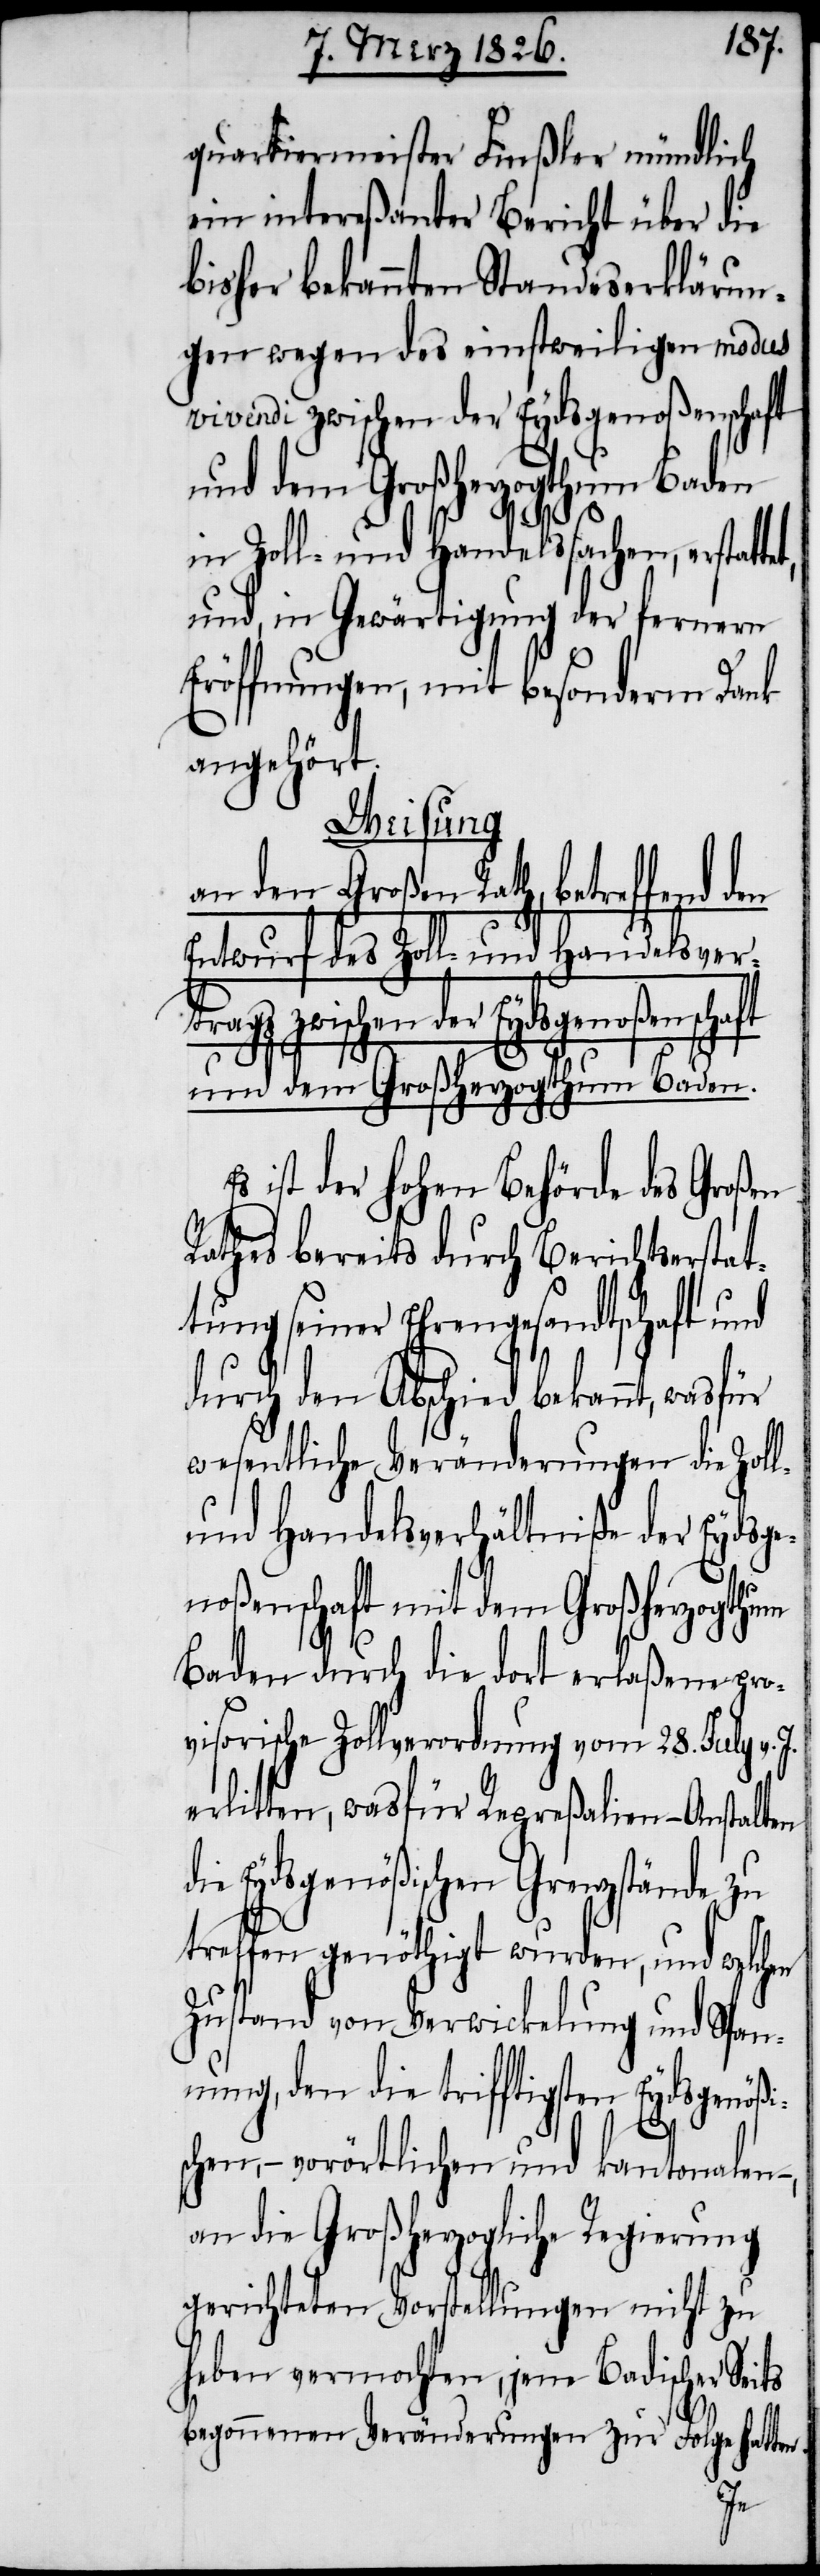
quartiermeister Finßler mündlich
ein intereßanter Bericht über die
bisher bekannten Standeserklärun¬
gen wegen des einstweiligen modus
vivendi zwischen der Eydsgenoßensc¬
und dem Großherzogthum Baden
in Zoll- und Handelssachen, erstatt¬
und, in Gewärtigung der fernern
Eröffnungen, mit besonderm Dank
angehört.
ro¬
Wei¬
an den Großen Rath, betreffend
Entwurf des Zoll- und Handelsvert¬
rags zwischen der Eydsgenoßenschaft
und dem Großherzogthum Baden.
ist der hohen Behörde des Großen
Rathes bereits durch Berichtserstat¬
tung seiner Ehrengesandtschaft und
durch den Abschied bekannt,
wesentliche Veränderungen die
und Handelsverhältniße der Eydsge¬
noßenschaft mit dem Großherzogthum
Baden durch die dort erlaßene p¬
visorische Zollverordnung vom 28. July v.
erlitten, wasfür Repreßalien-Anstal¬
die Eydsgenößischen Grenzstände zu
treffen genöthigt wurden, und welchen
Zustand von Verwickelung und Span¬
nung, den die trifftigsten Eydsgenößi¬
schen, – vorörtlichen und kantonalen,
an die Großherzogliche Regierung
gerichteten Vorstellungen nicht zu
heben vermochten, jene Badischer Seits
begonnenen Veränderungen zur Folge hatten.
ten